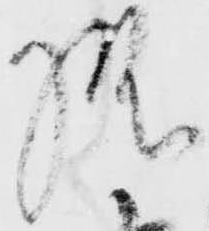
様